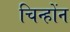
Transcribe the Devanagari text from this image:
चिन्होंन